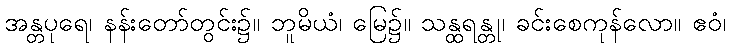
အန္တပုရေ၊ နန်းတော်တွင်း၌။ ဘူမိယံ၊ မြေ၌။ သန္ထရန္တု၊ ခင်းစေကုန်လော။ ဧဝံ၊